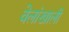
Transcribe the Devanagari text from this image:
वेलांखाली